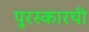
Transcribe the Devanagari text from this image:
पुरस्कारची